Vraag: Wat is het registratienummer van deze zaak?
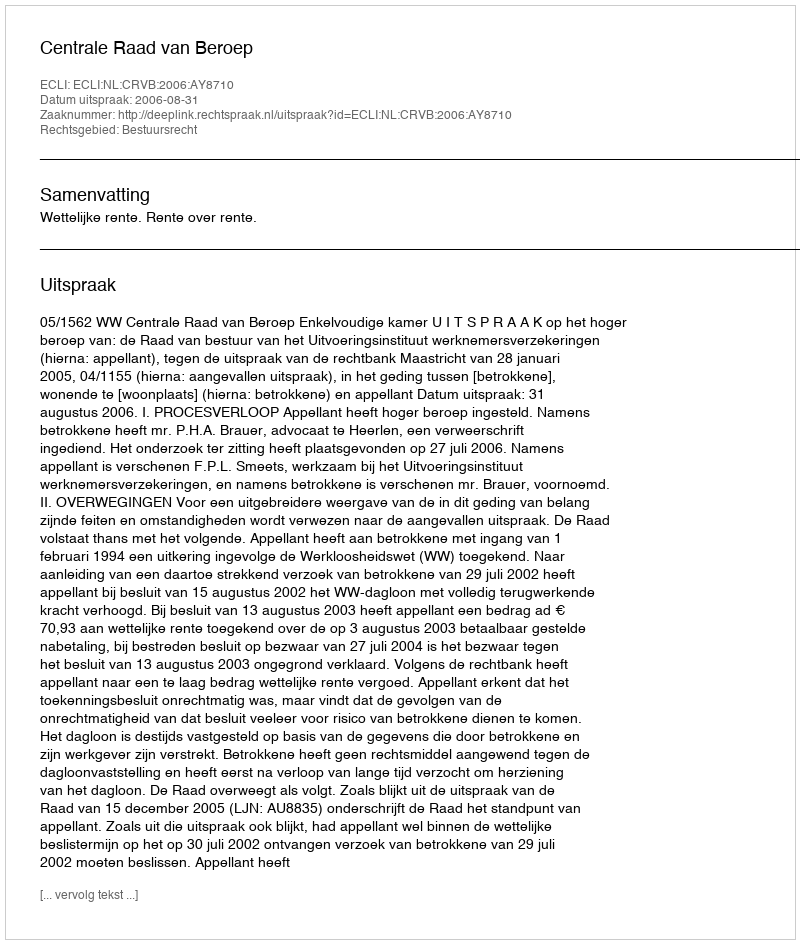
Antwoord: http://deeplink.rechtspraak.nl/uitspraak?id=ECLI:NL:CRVB:2006:AY8710